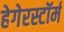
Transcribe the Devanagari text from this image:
हेगेरस्टॉर्म